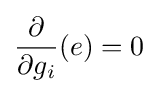
{\frac {\partial }{\partial g_{i}}}(e)=0